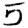
Digit: 5